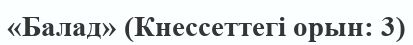
«Балад» (Кнессеттегі орын: 3)